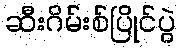
ဆီးဂိမ်းစ်ပြိုင်ပွဲ